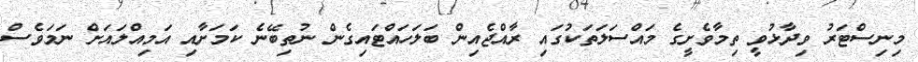
މިނިސްޓަރު ވިދާޅުވީ ތިމާވެށީގެ މައްސަލަތަކުގައި ރާއްޖެއިން ބަލަހައްޓައިގެން ނުތިބޭނެ ކަމަށާއި އަމިއްލައަށް ނަމަވެސް